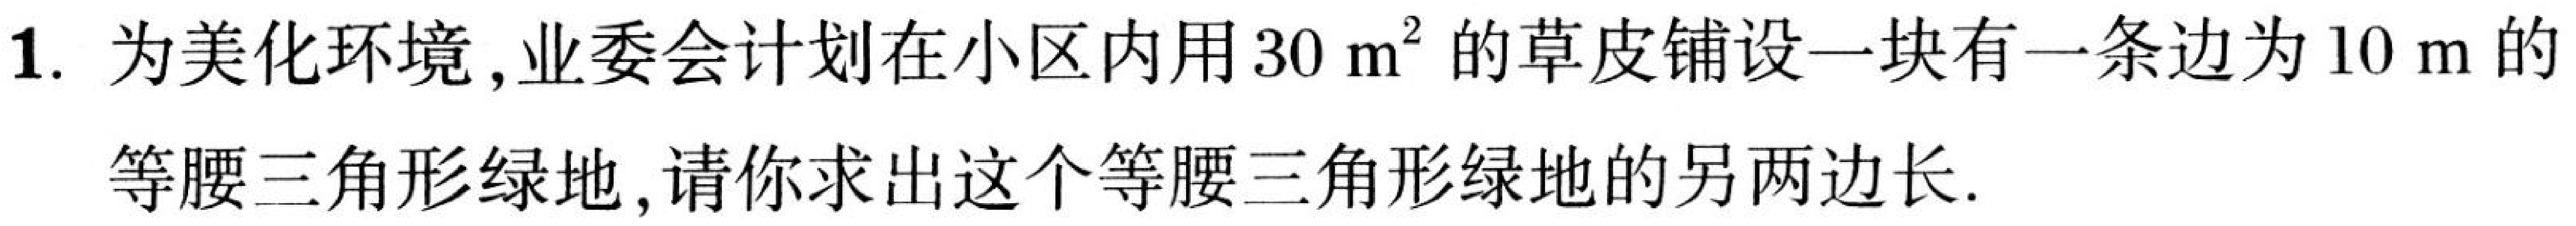
1. 为美化环境，业委会计划在小区内用 \(30\mathrm{ m}^{2}\) 的草皮铺设一块有一条边为 \(10\mathrm{ m}\) 的
等腰三角形绿地，请你求出这个等腰三角形绿地的另两边长.